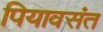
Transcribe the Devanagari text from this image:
पियावसंत